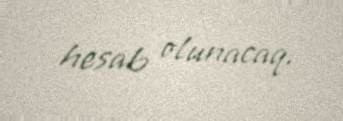
hesab olunacaq.